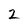
Character: 2